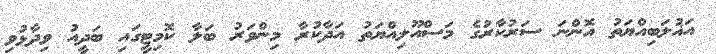
އަޣުލަބިއްޔަތު އޮންނަ ސަރުކާރުގެ މަސްއޫލިއްޔަތު އަދާކުރާ މިންވަރު ބަލާ ކޮމިޓީގައި ބަދީއު ވިދާޅުވި